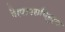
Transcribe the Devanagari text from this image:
गैरवापराविरूद्ध